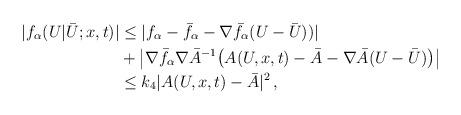
LaTeX: \begin{align*}| f_\alpha (U | \bar U;x,t) | &\le | f_\alpha - \bar f_\alpha - \nabla \bar f_\alpha (U-\bar U)) |\\&+ \left | \nabla \bar f_\alpha \nabla \bar A^{-1} \big (A(U,x,t) - \bar A - \nabla \bar A (U - \bar U) \big ) \right |\\&\le k_4 |A(U,x,t) - \bar A|^2 \, ,\end{align*}